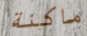
ماكنة